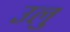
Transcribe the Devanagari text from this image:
उलु